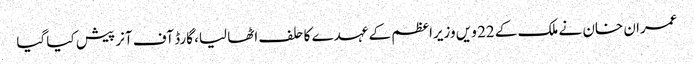
عمران خان نے ملک کے 22 ویں وزیراعظم کے عہدے کا حلف اٹھا لیا، گارڈ آف آنر پیش کیا گیا